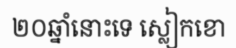
២០ឆ្នាំនោះទេ ស្លៀកខោ